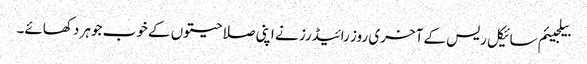
بیلجیئم سائیکل ریس کے آخری روز رائیڈرز نے اپنی صلاحیتوں کے خوب جوہر دکھائے۔